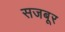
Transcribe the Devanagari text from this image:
सजबूर